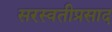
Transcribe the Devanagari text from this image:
सरस्वतीप्रसाद